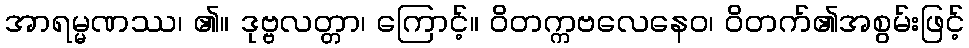
အာရမ္မဏဿ၊ ၏။ ဒုဗ္ဗလတ္တာ၊ ကြောင့်။ ဝိတက္ကဗလေနေဝ၊ ဝိတက်၏အစွမ်းဖြင့်